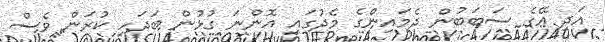
އަދި އޭގެ ސަބަބުން ދެމައިންގެ މެދުގައި އޮންނަ ގުޅުން ބަދަހި ކުރަން ވެސް